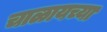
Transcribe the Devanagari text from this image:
चाळायच्या